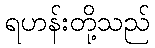
ရဟန်းတို့သည်